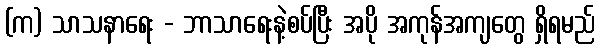
(က) သာသနာရေး - ဘာသာရေးနဲ့စပ်ပြီး အပို အကုန်အကျတွေ ရှိရမည်